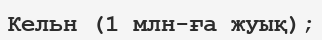
Кельн (1 млн-ға жуық);